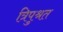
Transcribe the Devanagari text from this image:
त्रिपुश्रत